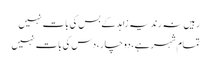
رہیں نہ رند یہ زاہد کے بس کی بات نہیں
تمام شہر ہے، دو چار، دس کی بات نہیں